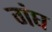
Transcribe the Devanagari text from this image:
गंघ